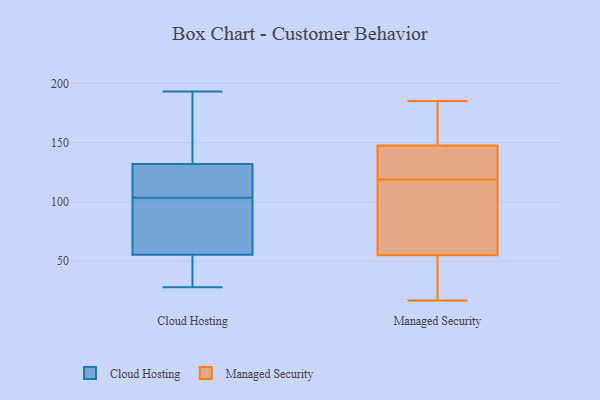
{"axis": {"x": "Bounce Rate (%)", "y": "Value"}, "legend": ["Cloud Hosting", "Managed Security"], "data": [{"x": "", "y": 193, "type": "Cloud Hosting"}, {"x": "", "y": 98, "type": "Cloud Hosting"}, {"x": "", "y": 178, "type": "Cloud Hosting"}, {"x": "", "y": 56, "type": "Cloud Hosting"}, {"x": "", "y": 114, "type": "Cloud Hosting"}, {"x": "", "y": 105, "type": "Cloud Hosting"}, {"x": "", "y": 50, "type": "Cloud Hosting"}, {"x": "", "y": 55, "type": "Cloud Hosting"}, {"x": "", "y": 49, "type": "Cloud Hosting"}, {"x": "", "y": 146, "type": "Cloud Hosting"}, {"x": "", "y": 111, "type": "Cloud Hosting"}, {"x": "", "y": 102, "type": "Cloud Hosting"}, {"x": "", "y": 149, "type": "Cloud Hosting"}, {"x": "", "y": 118, "type": "Cloud Hosting"}, {"x": "", "y": 100, "type": "Cloud Hosting"}, {"x": "", "y": 28, "type": "Cloud Hosting"}, {"x": "", "y": 185, "type": "Managed Security"}, {"x": "", "y": 124, "type": "Managed Security"}, {"x": "", "y": 68, "type": "Managed Security"}, {"x": "", "y": 105, "type": "Managed Security"}, {"x": "", "y": 169, "type": "Managed Security"}, {"x": "", "y": 146, "type": "Managed Security"}, {"x": "", "y": 175, "type": "Managed Security"}, {"x": "", "y": 161, "type": "Managed Security"}, {"x": "", "y": 17, "type": "Managed Security"}, {"x": "", "y": 139, "type": "Managed Security"}, {"x": "", "y": 114, "type": "Managed Security"}, {"x": "", "y": 35, "type": "Managed Security"}, {"x": "", "y": 25, "type": "Managed Security"}, {"x": "", "y": 100, "type": "Managed Security"}, {"x": "", "y": 130, "type": "Managed Security"}, {"x": "", "y": 18, "type": "Managed Security"}, {"x": "", "y": 42, "type": "Managed Security"}, {"x": "", "y": 149, "type": "Managed Security"}, {"x": "", "y": 142, "type": "Managed Security"}, {"x": "", "y": 101, "type": "Managed Security"}]}